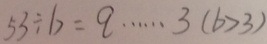
5 3 \div b = q \cdots 3 ( b > 3 )